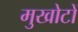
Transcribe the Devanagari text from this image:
मुखोटों